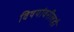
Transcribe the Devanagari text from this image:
विषयांवरीलही